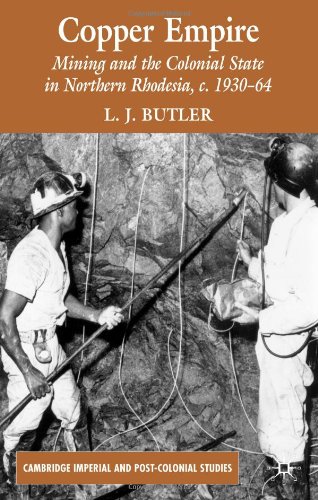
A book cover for Copper Empire: Mining and the Colonial State in Northern Rhodesia, c.1930-64 (Cambridge Imperial and Post-Colonial Studies); Larry Butler; History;